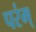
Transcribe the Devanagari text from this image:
परंम्